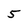
Character: 5